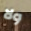
ولا